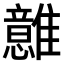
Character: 𩁈